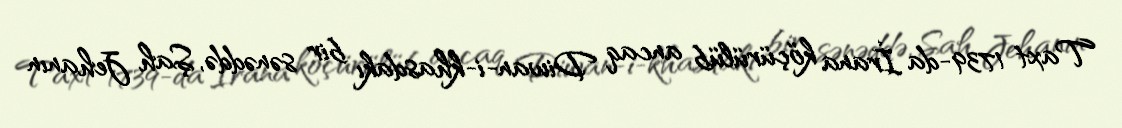
Taxt 1739-da İrana köçürülüb ancaq Diwan-i-khasdakı bir sənəddə, Şah Jehanın